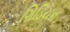
ગિડિયન